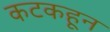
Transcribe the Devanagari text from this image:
कटकहून